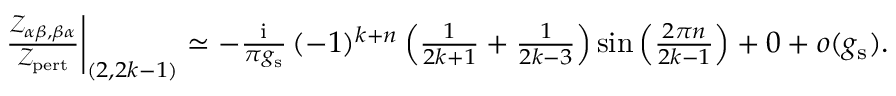
\begin{array} { r } { \left. \frac { { \mathscr Z } _ { \alpha \beta , \beta \alpha } } { { \mathscr Z } _ { \mathrm { p e r t } } } \right| _ { ( 2 , 2 k - 1 ) } \simeq - \frac { { \mathrm { i } } } { \pi g _ { \mathrm { s } } } \, ( - 1 ) ^ { k + n } \left( \frac { 1 } { 2 k + 1 } + \frac { 1 } { 2 k - 3 } \right) \sin \left( \frac { 2 \pi n } { 2 k - 1 } \right) + 0 + o ( g _ { \mathrm { s } } ) . } \end{array}